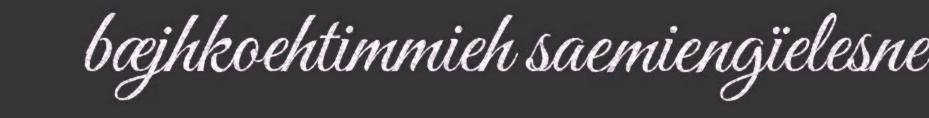
bæjhkoehtimmieh saemiengïelesne